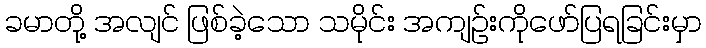
ခမာတို့ အလျင် ဖြစ်ခဲ့သော သမိုင်း အကျဉ်းကိုဖော်ပြရခြင်းမှာ